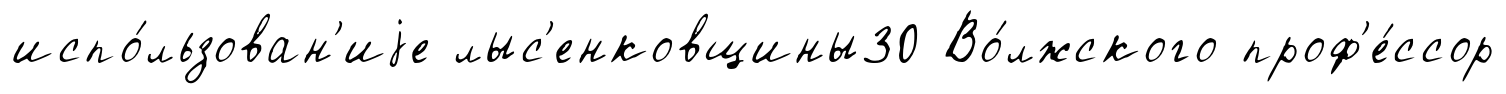
испо́льзован'иjе лыс'енковщины30 Во́лжского проф'е́ссор